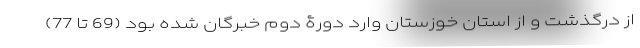
از درگذشت و از استان خوزستان وارد دورۀ دوم خبرگان شده بود (69 تا 77)